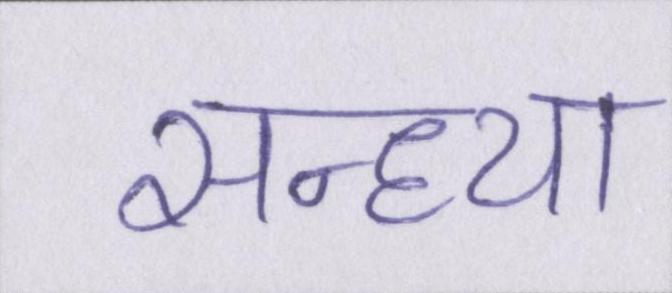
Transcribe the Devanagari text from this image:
सन्ध्या